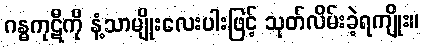
ဂန္ဓကုဋီကို နံ့သာမျိုးလေးပါးဖြင့် သုတ်လိမ်းခဲ့ရကျိုး။